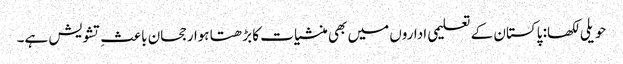
حویلی لکھا: پاکستان کے تعلیمی اداروں میں بھی منشیات کا بڑھتا ہوا رجحان باعثِ تشویش ہے۔